NAE_ERA_R-2324_Eesti_Vabariigi_Pohiseaduslik_Assamblee, lk 154
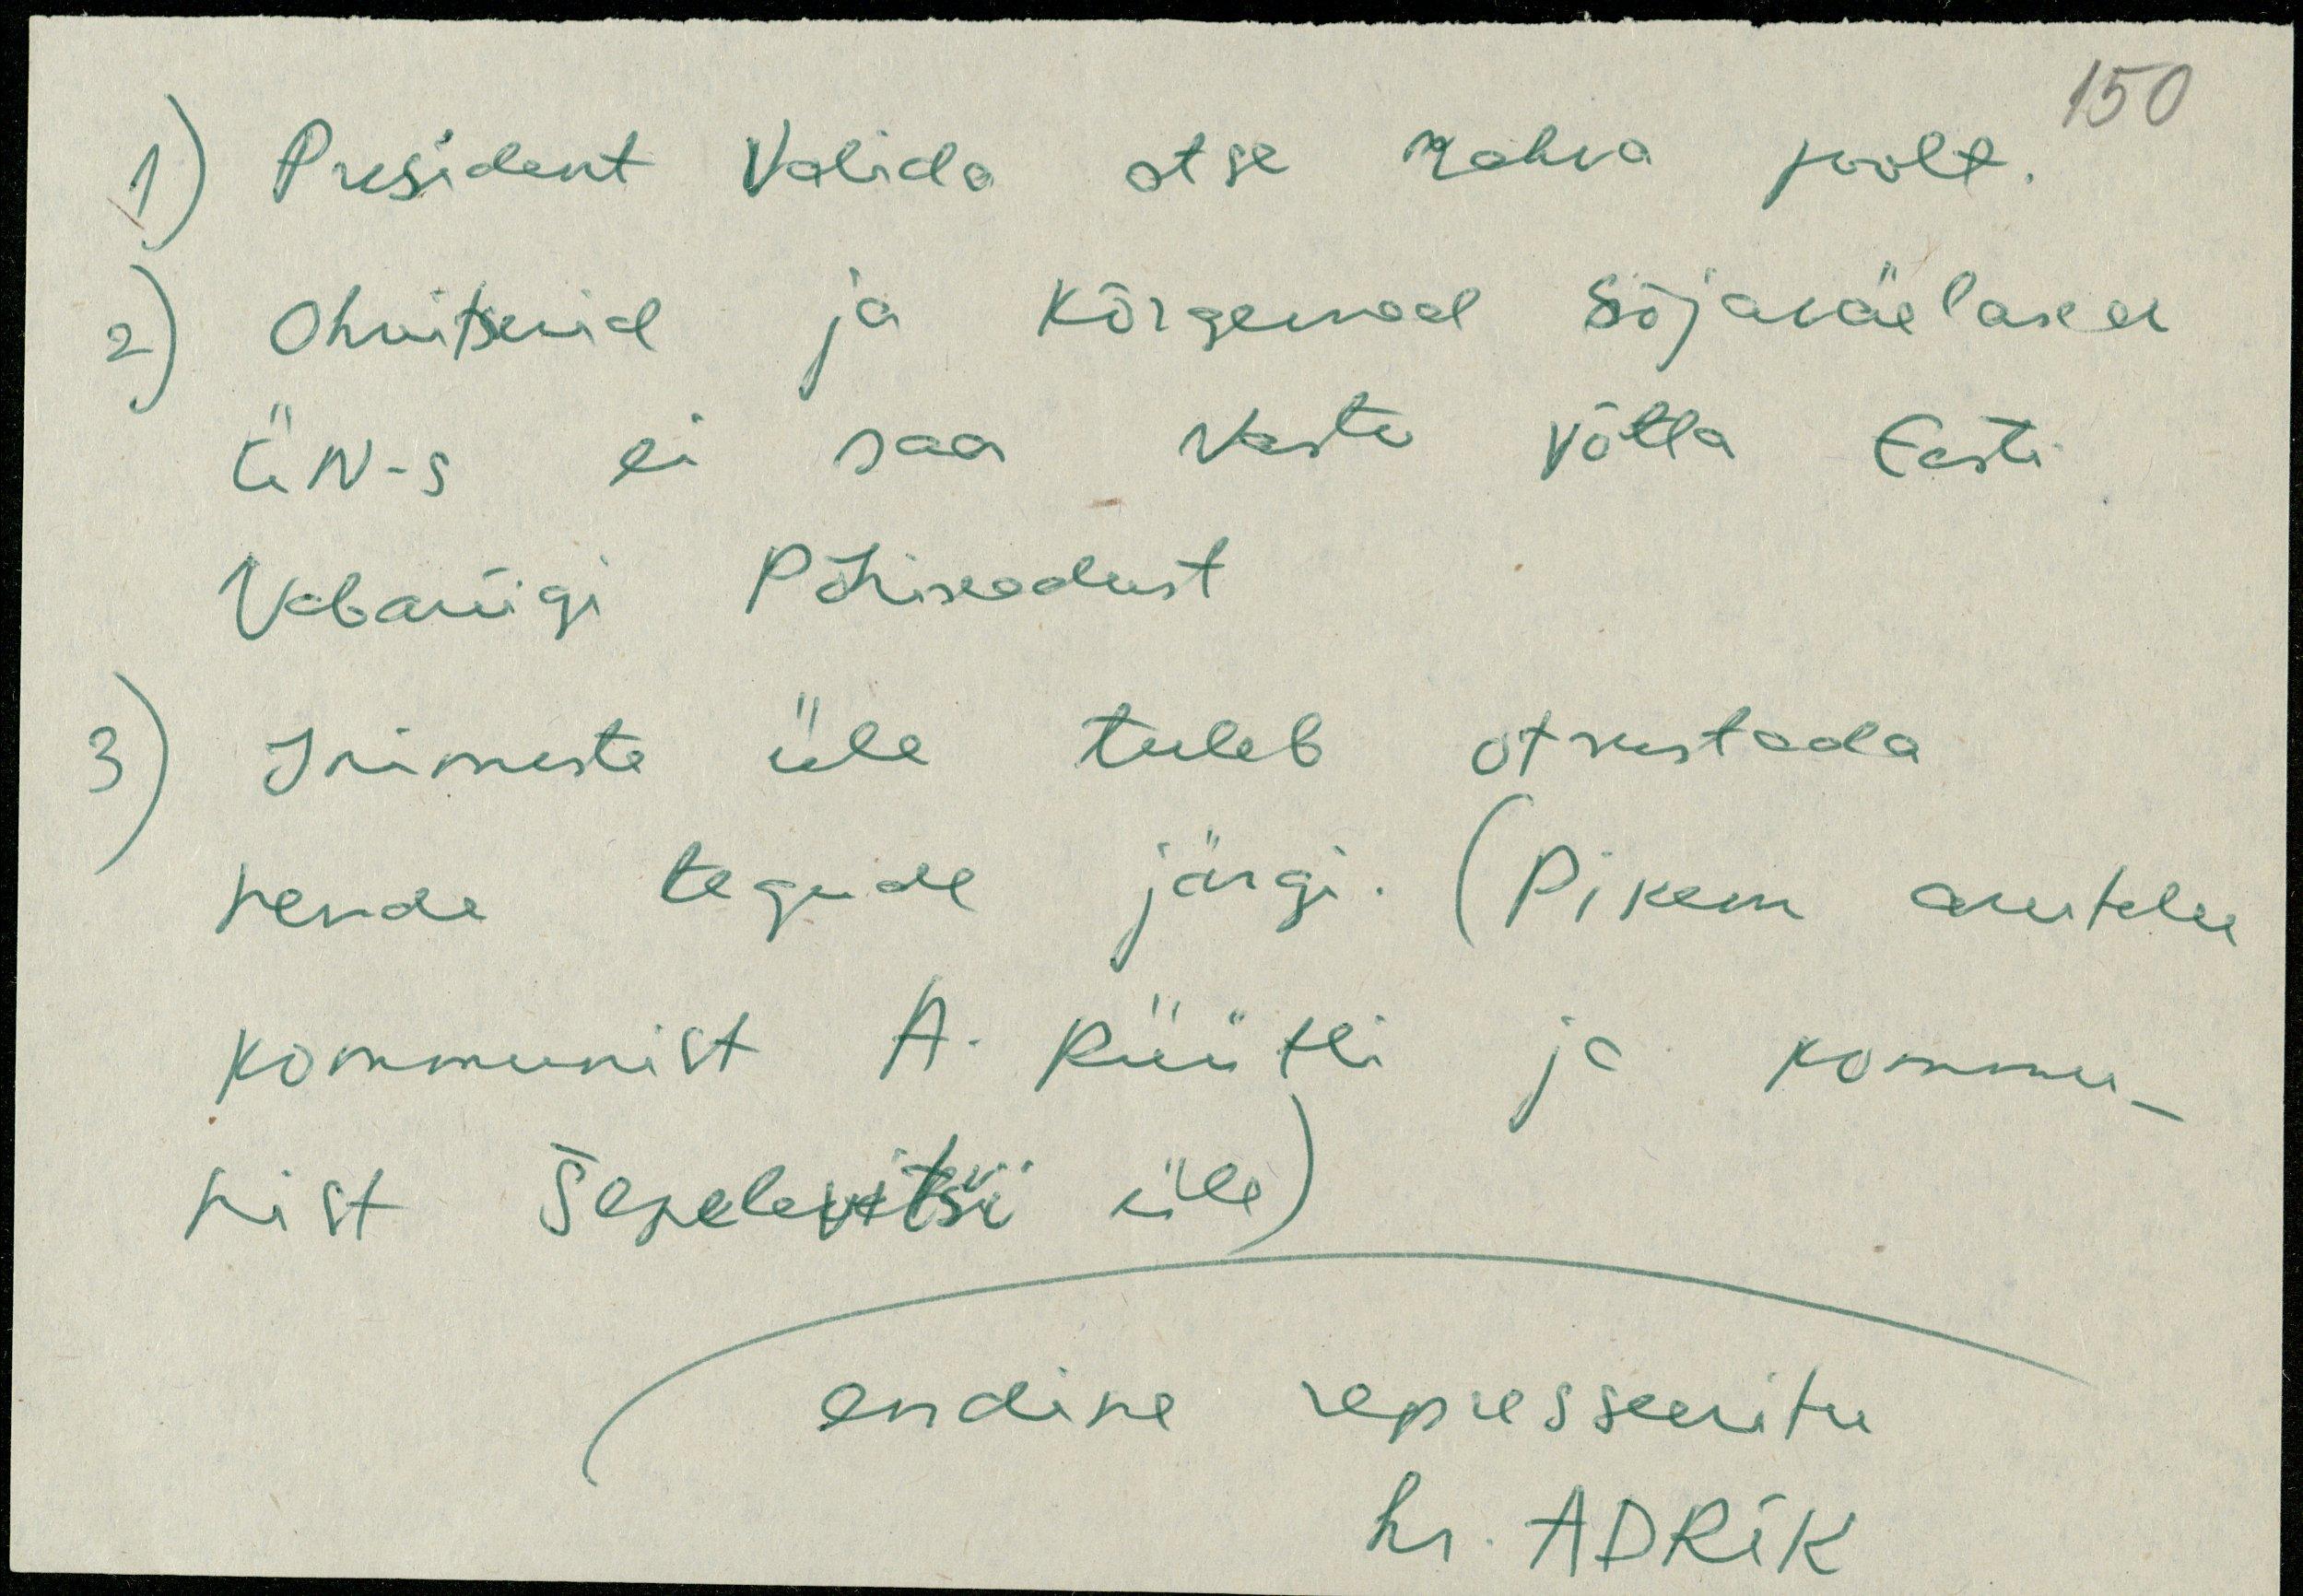
1) President valida otse rahva poolt.
2) Ohvitserid ja kõrgemad sõjaväelased
ÜN-s ei saa vastu võtta Eesti
Vabariigi Põhiseadust
3) Inimeste üle tuleb otsustada
nende tegude järgi. (Pikem arutelu
kommunist A. Rüütli ja kommu-
nist Šepelevitši üle)
endine represseeritu
hr. ADRIK